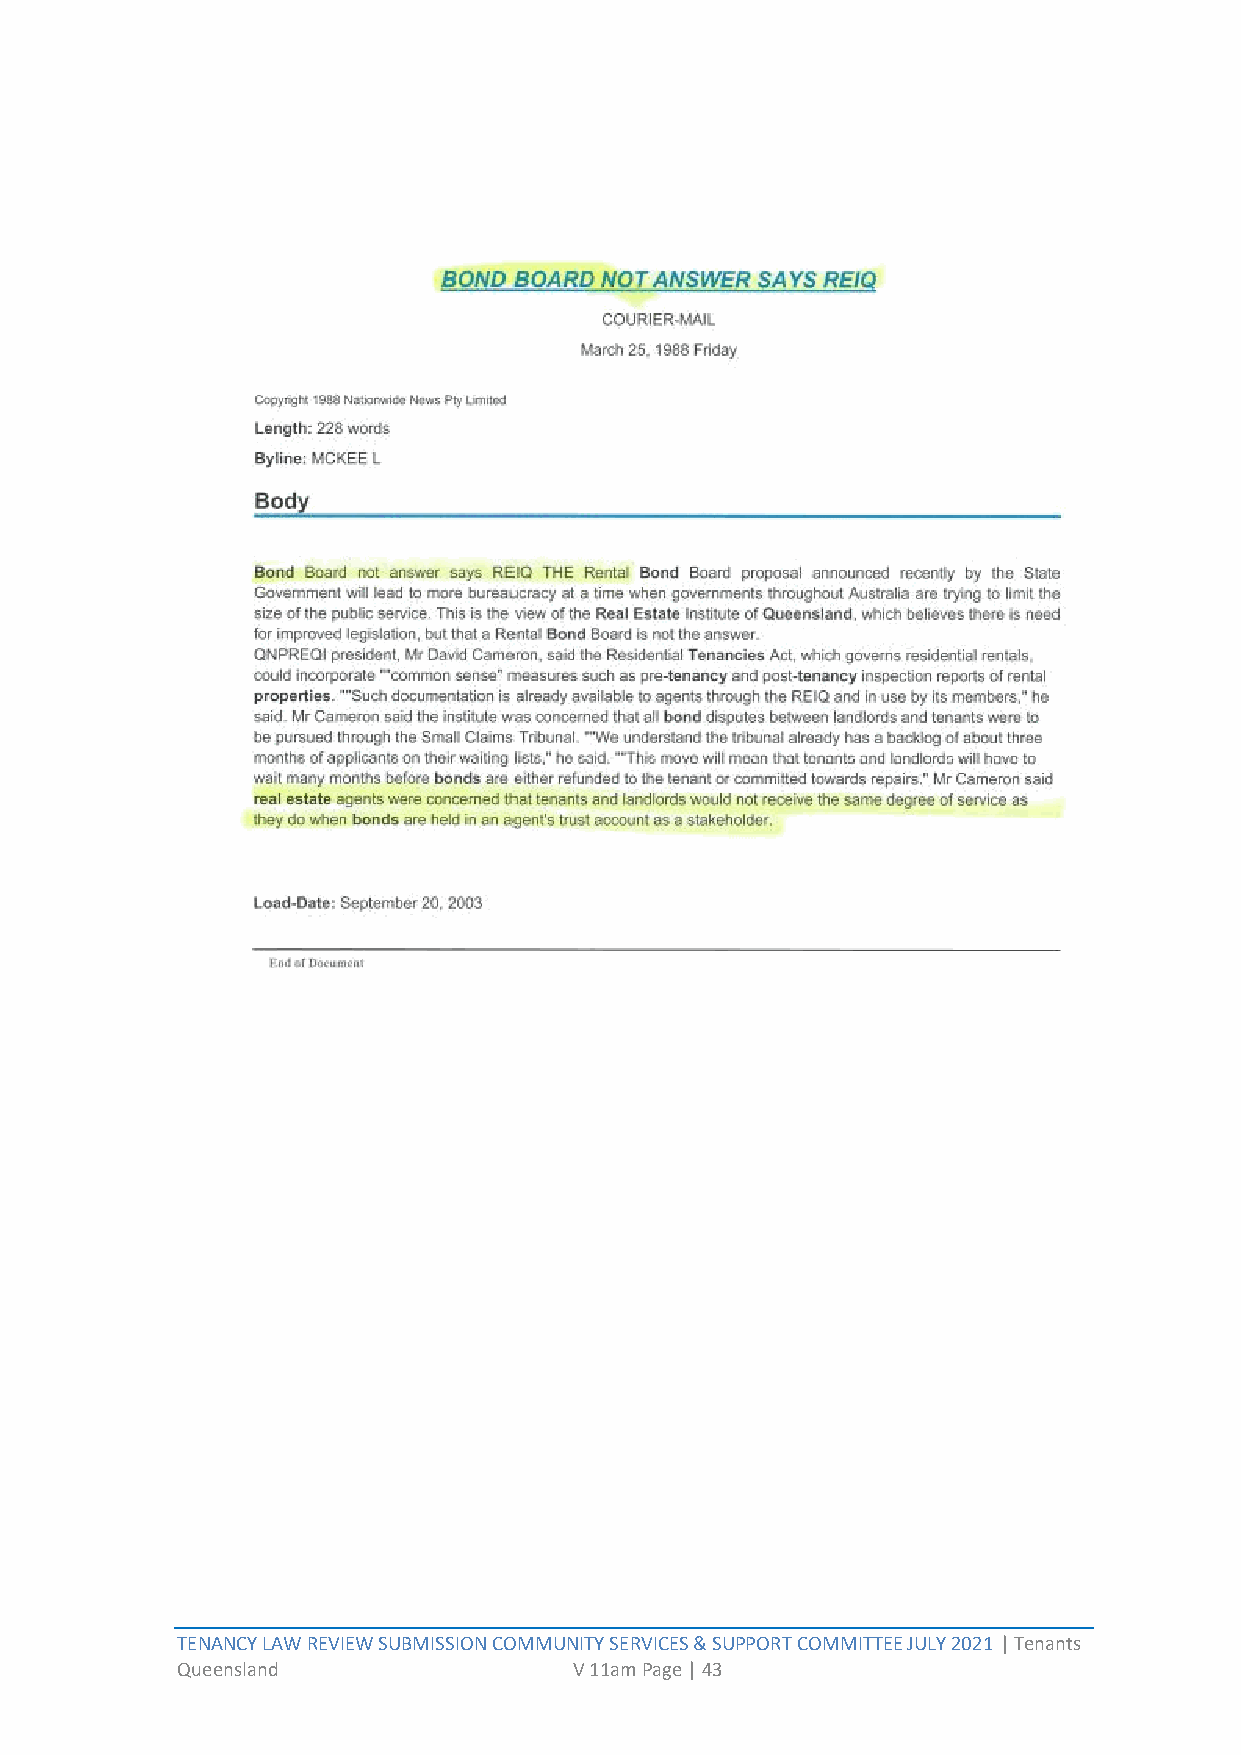
TENANCY LAW REVIEW SUBMISSION COMMUNITY SERVICES & SUPPORT COMMITTEE JULY 2021 | Tenants
 Queensland                V 11am Page | 43